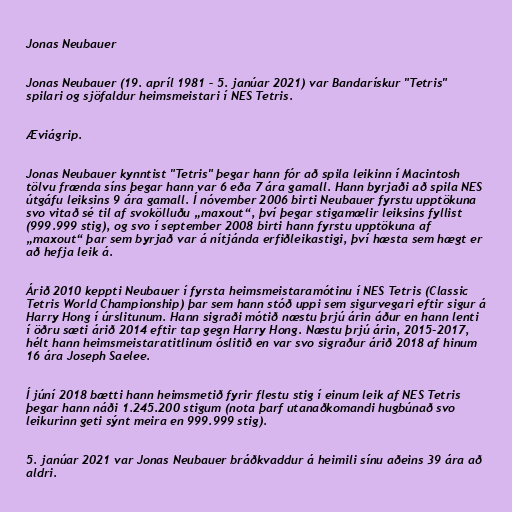
Jonas Neubauer

Jonas Neubauer (19. apríl 1981 – 5. janúar 2021) var Bandarískur "Tetris"
spilari og sjöfaldur heimsmeistari í NES Tetris.

Æviágrip.

Jonas Neubauer kynntist "Tetris" þegar hann fór að spila leikinn í Macintosh
tölvu frænda síns þegar hann var 6 eða 7 ára gamall. Hann byrjaði að spila NES
útgáfu leiksins 9 ára gamall. Í nóvember 2006 birti Neubauer fyrstu upptökuna
svo vitað sé til af svokölluðu „maxout“, því þegar stigamælir leiksins fyllist
(999.999 stig), og svo í september 2008 birti hann fyrstu upptökuna af
„maxout“ þar sem byrjað var á nítjánda erfiðleikastigi, því hæsta sem hægt er
að hefja leik á.

Árið 2010 keppti Neubauer í fyrsta heimsmeistaramótinu í NES Tetris (Classic
Tetris World Championship) þar sem hann stóð uppi sem sigurvegari eftir sigur á
Harry Hong í úrslitunum. Hann sigraði mótið næstu þrjú árin áður en hann lenti
í öðru sæti árið 2014 eftir tap gegn Harry Hong. Næstu þrjú árin, 2015-2017,
hélt hann heimsmeistaratitlinum óslitið en var svo sigraður árið 2018 af hinum
16 ára Joseph Saelee.

Í júní 2018 bætti hann heimsmetið fyrir flestu stig í einum leik af NES Tetris
þegar hann náði 1.245.200 stigum (nota þarf utanaðkomandi hugbúnað svo
leikurinn geti sýnt meira en 999.999 stig).

5. janúar 2021 var Jonas Neubauer bráðkvaddur á heimili sínu aðeins 39 ára að
aldri.